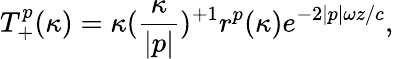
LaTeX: T_{+}^{p}(\kappa)={\kappa}(\frac{\kappa}{|p|})^{+1}r^{p}(\kappa)e^{-2|p|{\omega}z/c},